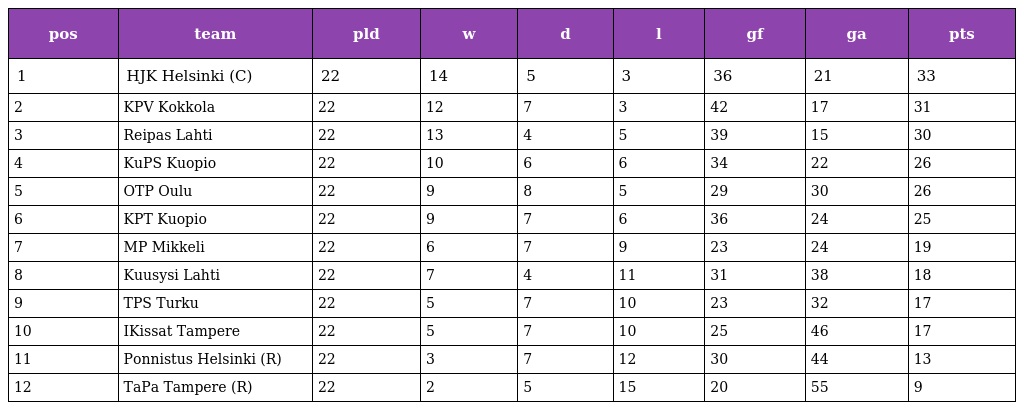
| pos | team | pld | w | d | l | gf | ga | pts |
 | --- | --- | --- | --- | --- | --- | --- | --- | --- |
 | 1 | HJK Helsinki (C) | 22 | 14 | 5 | 3 | 36 | 21 | 33 |
 | 2 | KPV Kokkola | 22 | 12 | 7 | 3 | 42 | 17 | 31 |
 | 3 | Reipas Lahti | 22 | 13 | 4 | 5 | 39 | 15 | 30 |
 | 4 | KuPS Kuopio | 22 | 10 | 6 | 6 | 34 | 22 | 26 |
 | 5 | OTP Oulu | 22 | 9 | 8 | 5 | 29 | 30 | 26 |
 | 6 | KPT Kuopio | 22 | 9 | 7 | 6 | 36 | 24 | 25 |
 | 7 | MP Mikkeli | 22 | 6 | 7 | 9 | 23 | 24 | 19 |
 | 8 | Kuusysi Lahti | 22 | 7 | 4 | 11 | 31 | 38 | 18 |
 | 9 | TPS Turku | 22 | 5 | 7 | 10 | 23 | 32 | 17 |
 | 10 | IKissat Tampere | 22 | 5 | 7 | 10 | 25 | 46 | 17 |
 | 11 | Ponnistus Helsinki (R) | 22 | 3 | 7 | 12 | 30 | 44 | 13 |
 | 12 | TaPa Tampere (R) | 22 | 2 | 5 | 15 | 20 | 55 | 9 |